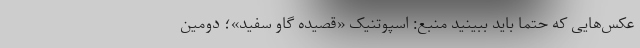
عکس‌هایی که حتما باید ببینید منبع: اسپوتنیک «قصیده گاو سفید»؛ دومین